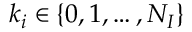
k _ { i } \in \{ 0 , 1 , \ldots , N _ { I } \}